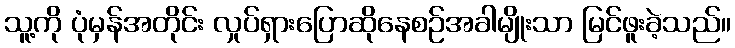
သူ့ကို ပုံမှန်အတိုင်း လှုပ်ရှားပြောဆိုနေစဉ်အခါမျိုးသာ မြင်ဖူးခဲ့သည်။